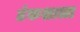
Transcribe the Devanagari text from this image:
टंकशाला